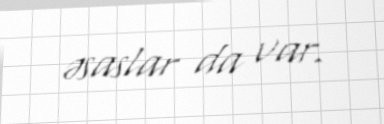
əsaslar da var.